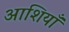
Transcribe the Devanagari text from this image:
आशियाँ